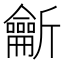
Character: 𪛊